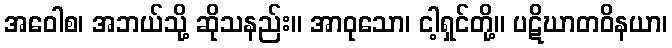
အဝေါစ၊ အဘယ်သို့ ဆိုသနည်း။ အာဝုသော၊ ငါ့ရှင်တို့။ ပဋိဃာတဝိနယာ၊